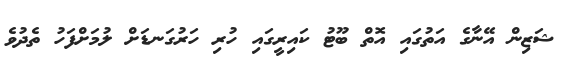
ޝަޒިން އޭނާގެ އަތުގައި އޮތް ބޫޓު ކައިރީގައި ހުރި ހަރުގަނޑަށް ލުމަށްފަހު ތެދުވެ